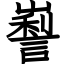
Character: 𡽜